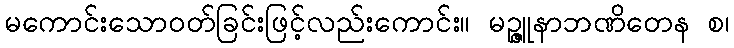
မကောင်းသောဝတ်ခြင်းဖြင့်လည်းကောင်း။ မဉ္ဇူနာဘဏိတေန စ၊